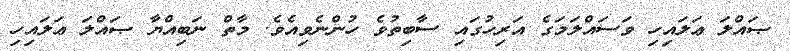
ޞައްލަ ޢަލައިހި ވަސައްލަމަގެ އަރިހުގައި ސާބިތުވެ ހުންނެވިއެވެ. މާތް ނަބިއްޔާ ޞައްލަ ޢަލައިހި